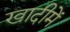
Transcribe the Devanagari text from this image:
खादीमें